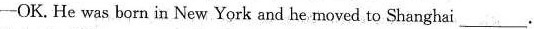
——OK. He was born in New York and he moved to Shanghai ___.